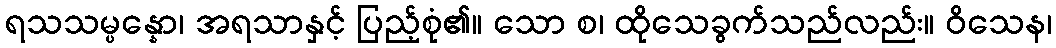
ရသသမ္ပန္နော၊ အရသာနှင့် ပြည့်စုံ၏။ သော စ၊ ထိုသေခွက်သည်လည်း။ ဝိသေန၊